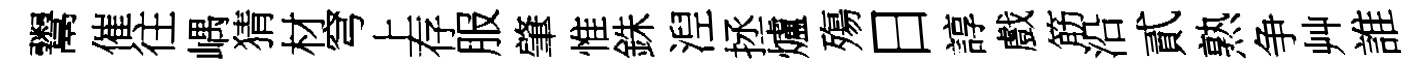
鬻催往嵎猜材穹上存服肇惟銖湼拯爐殤日諄戲筋沿貳熟争艸誰